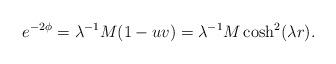
LaTeX: \begin{align*}e^{-2\phi}=\lambda^{-1}M(1-uv)=\lambda^{-1}M\cosh^2(\lambda r).\end{align*}